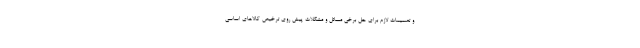
و تصمیمات لازم برای حل برخی مسائل و مشکلات پیش روی ترخیص کالاهای اساسی